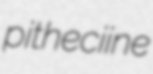
pitheciine